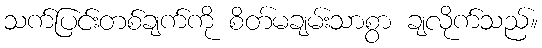
သက်ပြင်းတစ်ချက်ကို စိတ်မချမ်းသာစွာ ချလိုက်သည်။